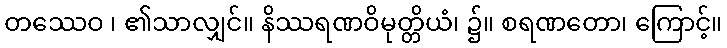
တဿေဝ ၊ ၏သာလျှင်။ နိဿရဏဝိမုတ္တိယံ၊ ၌။ စရဏတော၊ ကြောင့်။